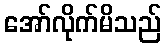
အော်လိုက်မိသည်